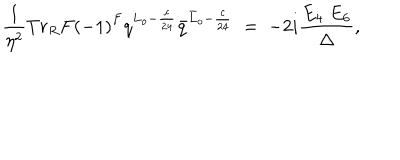
\frac { 1 } { \eta ^ { 2 } } { T r _ { R } } F { ( - 1 ) } ^ { F } q ^ { L _ { o } - \frac { c } { 2 4 } } { \bar { q } } ^ { { \bar { L } } _ { o } - \frac { c } { 2 4 } } \; = \; - 2 i \frac { E _ { 4 } \; E _ { 6 } } { \Delta } ,